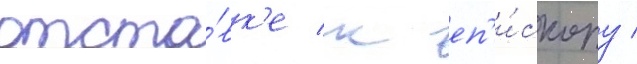
отста́вк'е к еп'и́скопу /